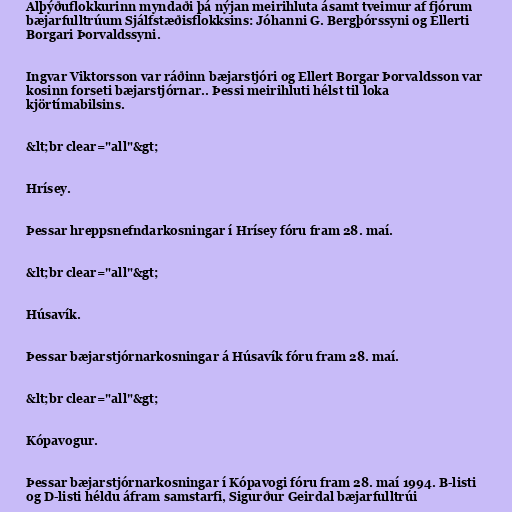
Alþýðuflokkurinn myndaði þá nýjan meirihluta ásamt tveimur af fjórum
bæjarfulltrúum Sjálfstæðisflokksins: Jóhanni G. Bergþórssyni og Ellerti
Borgari Þorvaldssyni.

Ingvar Viktorsson var ráðinn bæjarstjóri og Ellert Borgar Þorvaldsson var
kosinn forseti bæjarstjórnar.. Þessi meirihluti hélst til loka
kjörtímabilsins.

&lt;br clear="all"&gt;

Hrísey.

Þessar hreppsnefndarkosningar í Hrísey fóru fram 28. maí.

&lt;br clear="all"&gt;

Húsavík.

Þessar bæjarstjórnarkosningar á Húsavík fóru fram 28. maí.

&lt;br clear="all"&gt;

Kópavogur.

Þessar bæjarstjórnarkosningar í Kópavogi fóru fram 28. maí 1994. B-listi
og D-listi héldu áfram samstarfi, Sigurður Geirdal bæjarfulltrúi